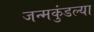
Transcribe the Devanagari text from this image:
जन्मकुंडल्या